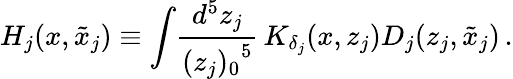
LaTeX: H_{j}(x,\tilde{x}_{j})\equiv\int\! \frac{d^{5}z_{j}}{{(z_{j})_{0}}^{5}}\, K_{\delta_{j}}(x,z_{j})D_{j}(z_{j},\tilde{x}_{j})\, .